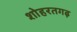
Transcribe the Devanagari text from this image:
शोहरतगढ़